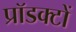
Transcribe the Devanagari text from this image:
प्रॉडक्टों